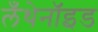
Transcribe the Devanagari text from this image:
लँथेनॉइड